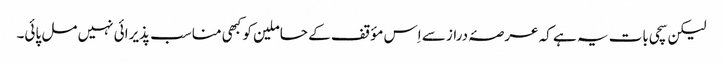
لیکن سچی بات یہ ہے کہ عرصۂ دراز سے اِس مؤقف کے حاملین کو کبھی مناسب پذیرائی نہیں مل پائی۔